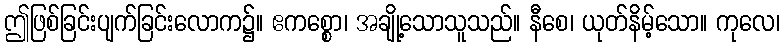
ဤဖြစ်ခြင်းပျက်ခြင်းလောက၌။ ဧကစ္စော၊ အချို့သောသူသည်။ နီစေ၊ ယုတ်နိမ့်သော။ ကုလေ၊